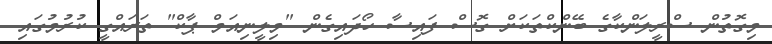
މިގޮތުން ސްރީލަންކާގެ ބޭންކްތަކަށް ގޮސް ފައިސާ ހޯދައިގެން "މިލީނިއަމް ޕާކް" ތަރައްގީ ކުރުމުގައި